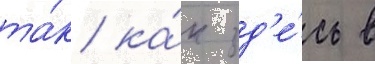
та́к ка́к зд'е́сь в